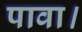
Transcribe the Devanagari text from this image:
पावा।